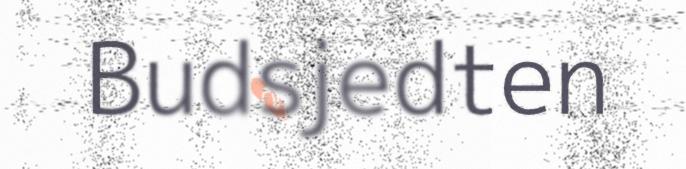
Budsjedten